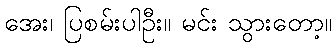
အေး၊ ပြစမ်းပါဦး။ မင်း သွားတော့။